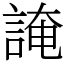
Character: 䛳